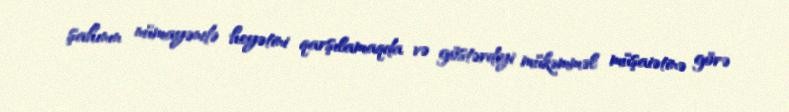
şahının nümayəndə heyətini qarşılamaqda və göstərdiyi mükəmməl müşaiətinə görə